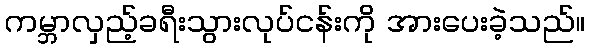
ကမ္ဘာလှည့်ခရီးသွားလုပ်ငန်းကို အားပေးခဲ့သည်။